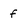
Character: f